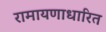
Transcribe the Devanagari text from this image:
रामायणाधारित